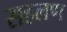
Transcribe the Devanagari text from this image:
सहलण